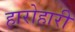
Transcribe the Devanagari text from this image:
हारोहारी